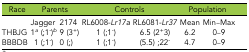
<table><thead><tr><td><b>Race</b></td><td colspan="2"><b>Parents</b></td><td colspan="2"><b>Controls</b></td><td colspan="2"><b>Population</b></td></tr></thead><tbody><tr><td></td><td>Jagger</td><td>2174</td><td>RL6008-<i>Lr17a</i></td><td>RL6081-<i>Lr37</i></td><td>Mean</td><td>Min–Max</td></tr><tr><td>THBJG</td><td>1<i><sup>a</sup></i> (;1<sup>-</sup>)<i><sup>b</sup></i></td><td>9 (3<sup>+</sup>)</td><td>1 (;1<sup>-</sup>)</td><td>6.5 (2<sup>+</sup>3)</td><td>6.2</td><td>0–9</td></tr><tr><td>BBBDB</td><td>1 (;1<sup>-</sup>)</td><td>0 (;)</td><td>1 (;1<sup>-</sup>)</td><td>(5.5) ;22<sup>-</sup></td><td>4.7</td><td>0–9</td></tr></tbody></table>